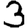
Digit: 3